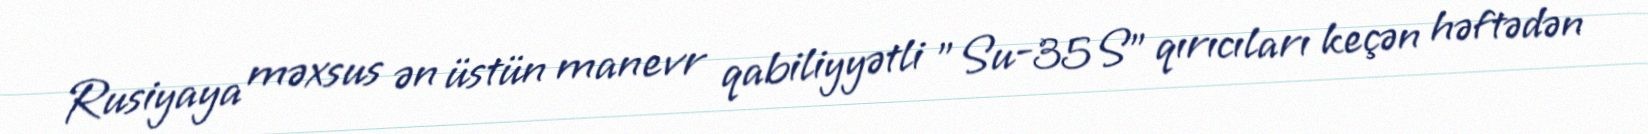
Rusiyaya məxsus ən üstün manevr qabiliyyətli "Su-35S" qırıcıları keçən həftədən